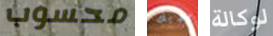
محسوب لديك لوكالة